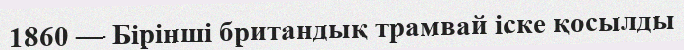
1860 — Бiрiншi британдық трамвай iске қосылды